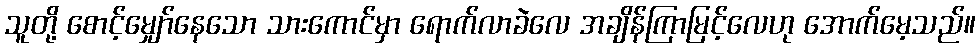
သူတို့ စောင့်မျှော်နေသော သားကောင်မှာ ရောက်လာခဲလေ အချိန်ကြာမြင့်လေဟု အောက်မေ့သည်။